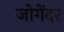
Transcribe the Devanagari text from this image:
जोगेंदर